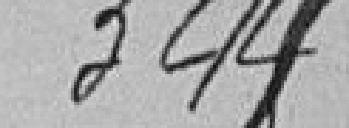
344